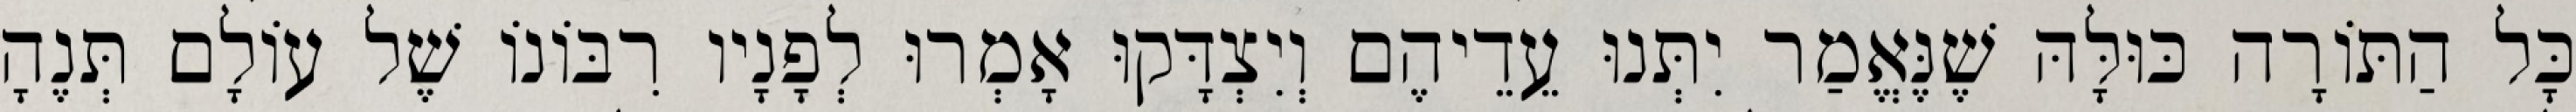
כָּל הַתּוֹרָה כּוּלָּהּ שֶׁנֶּאֱמַר יִתְּנוּ עֵדֵיהֶם וְיִצְדָּקוּ אָמְרוּ לְפָנָיו רִבּוֹנוֹ שֶׁל עוֹלָם תְּנֶהָ